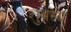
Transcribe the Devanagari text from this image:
शुभस्य